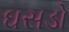
ઘસડો